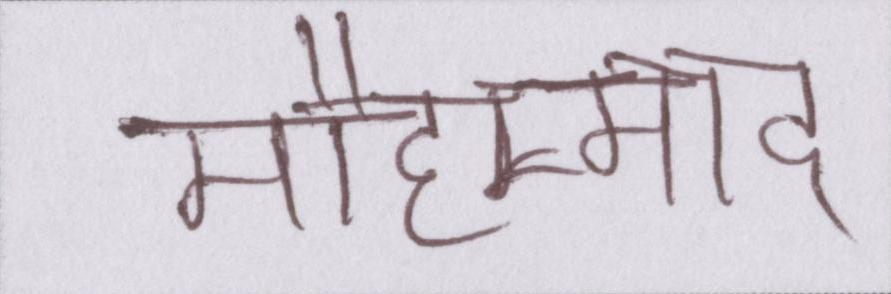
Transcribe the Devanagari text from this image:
मौहम्मद